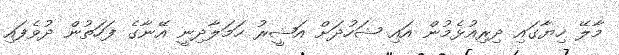
މާލޭ ހިޔާގައި ދިރިއުޅެމުން އައި ޝަހުދަށް އަޝީރު ހަމަލާދިނީ އޭނާގެ ފަހަތުން ދުވެފައި